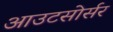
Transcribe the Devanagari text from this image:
आउटसोर्सर